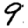
Digit: 9